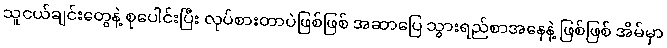
သူငယ်ချင်းတွေနဲ့ စုပေါင်းပြီး လုပ်စားတာပဲဖြစ်ဖြစ် အဆာပြေ သွားရည်စာအနေနဲ့ ဖြစ်ဖြစ် အိမ်မှာ